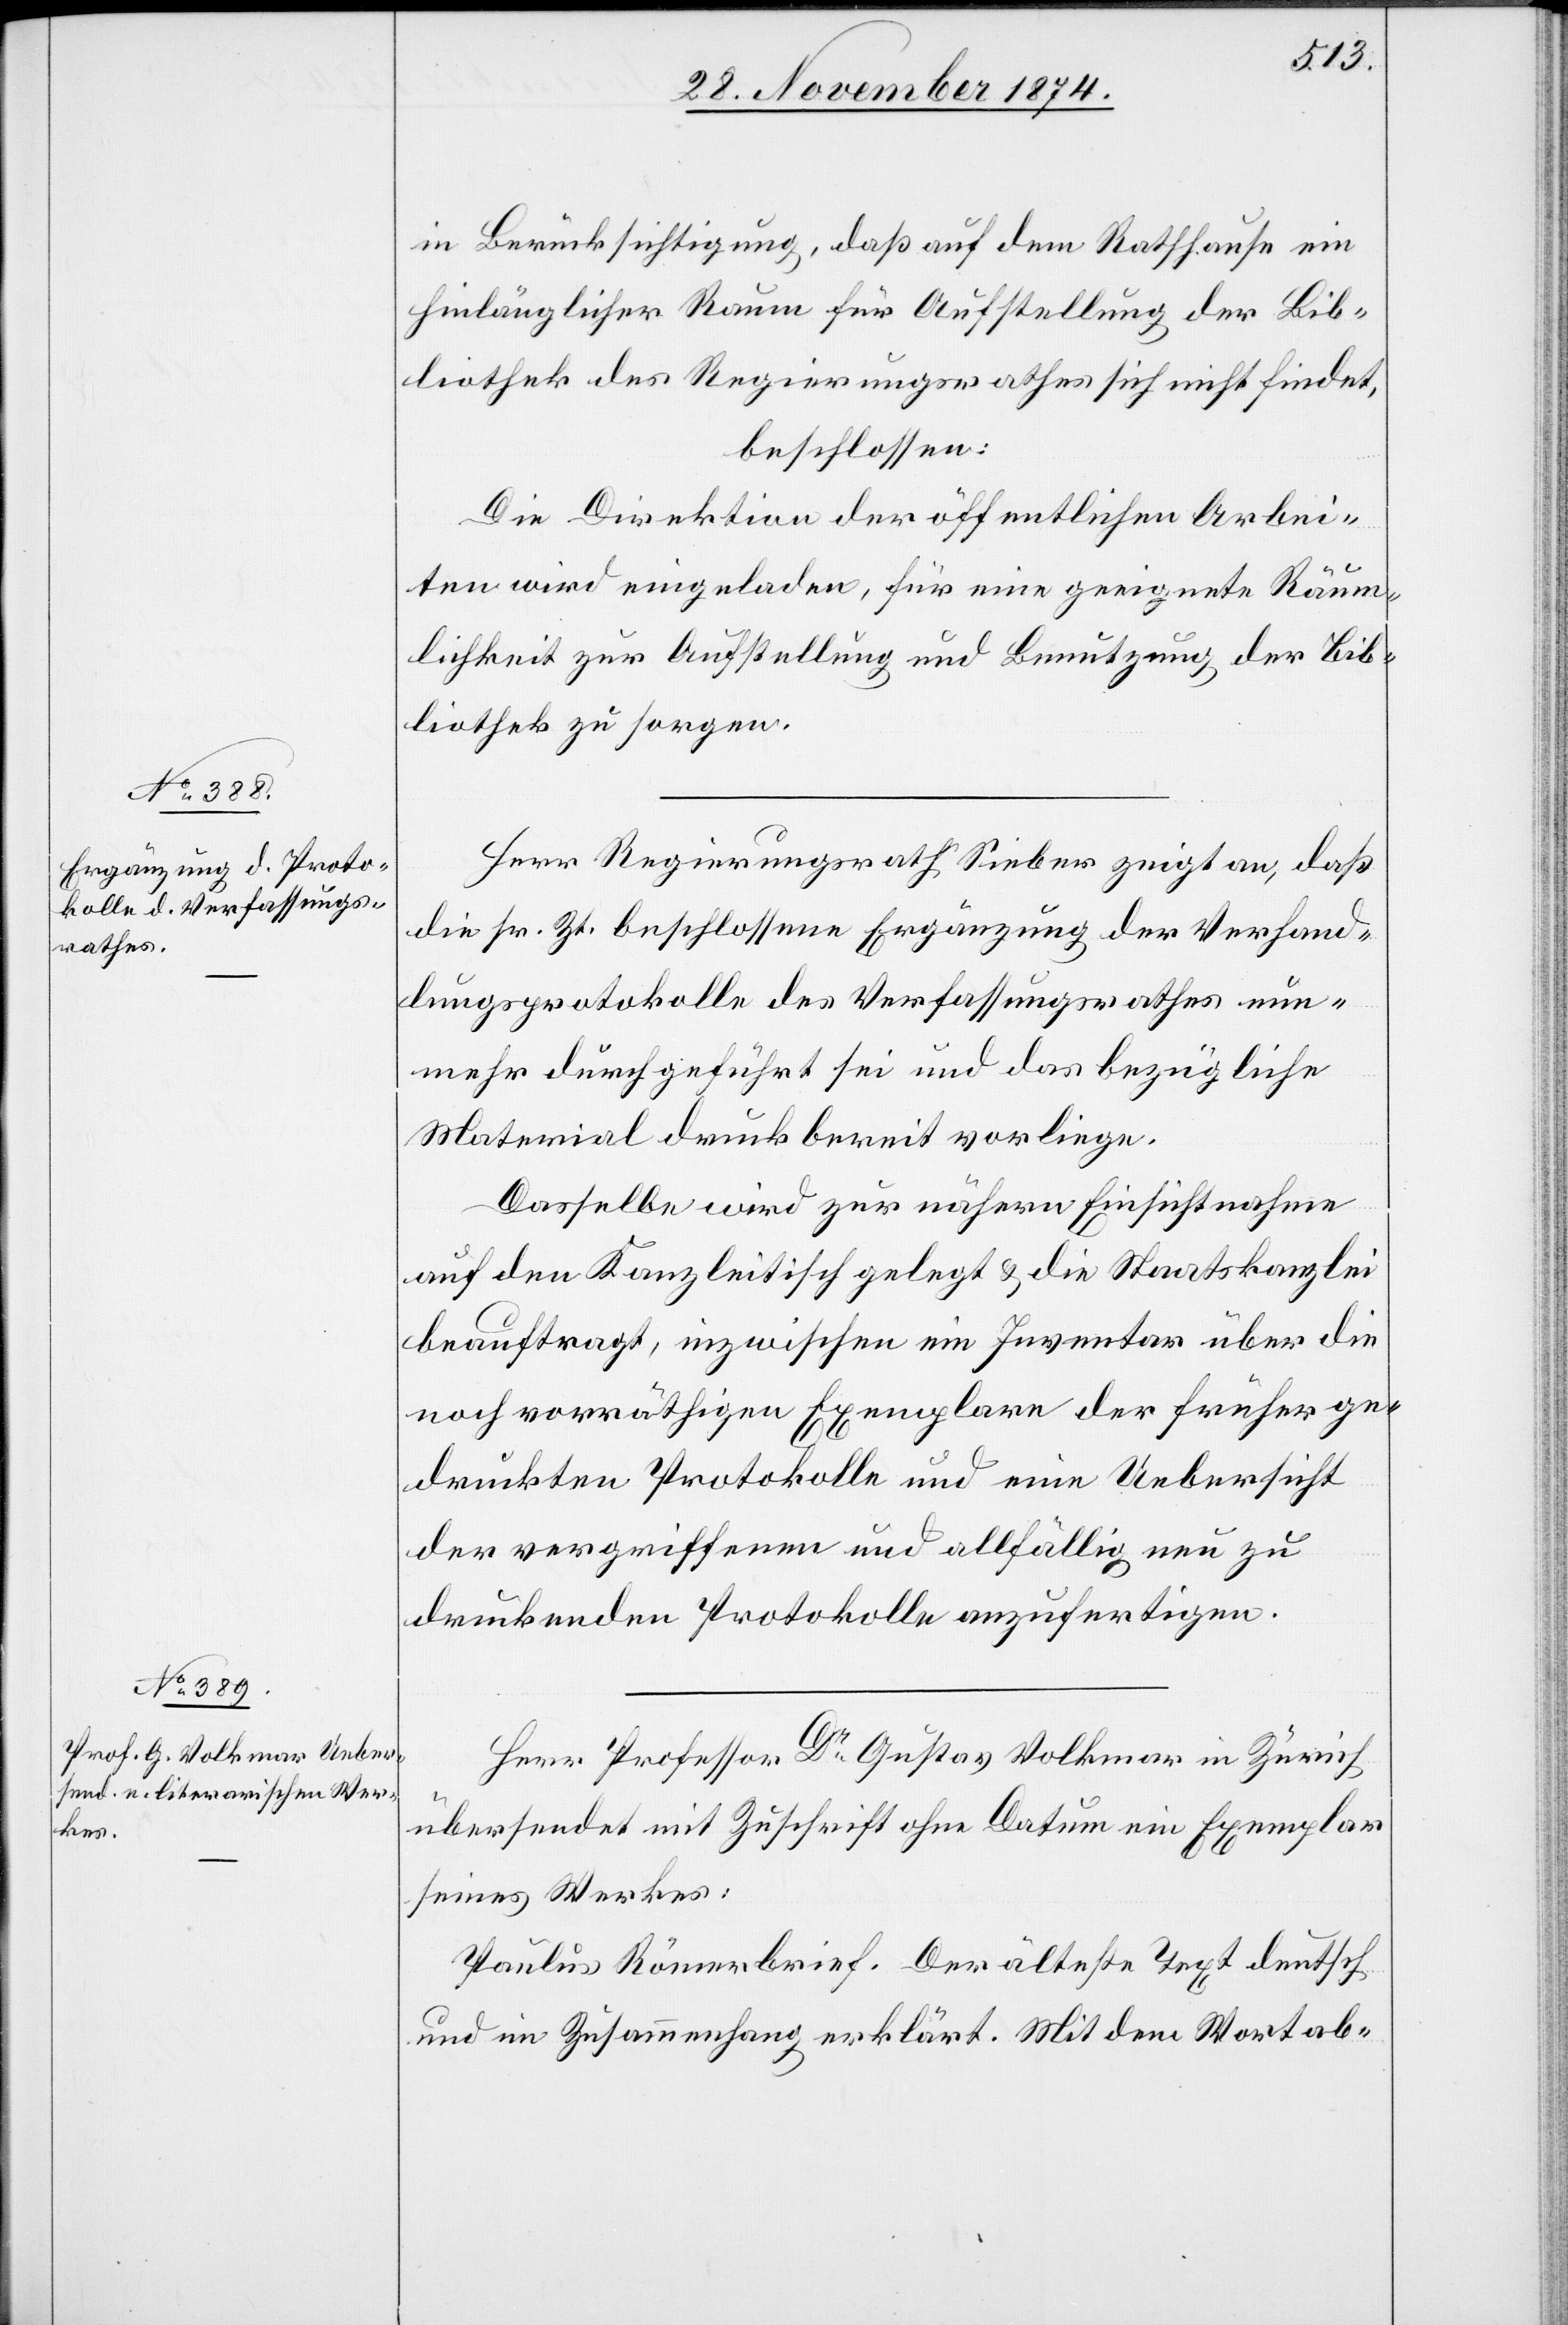
in Berücksichtigung, daß auf dem Rathhause ein
hinlänglicher Raum für Aufstellung der Bib¬
liothek des Regierungsrathes sich nicht findet,
beschlossen:
Die Direktion der öffentlichen Arbei¬
ten wird eingeladen, für eine geeignete Räum¬
lichkeit zur Aufstellung und Benutzung der Bib¬
liothek zu sorgen.
Herr Regierungsrath Sieber zeigt an, daß
die sr. Zt. beschlossene Ergänzung der Verhand¬
lungsprotokolle des Verfassungsrathes nun¬
mehr durchgeführt sei und das bezügliche
Material druckbereit vorliege.
Dasselbe wird zur nähern Einsichtnahme
auf den Kanzleitisch gelegt & die Staatskanzlei
beauftragt, inzwischen ein Inventar über die
noch vorräthigen Exemplare der früher ge¬
druckten Protokolle und eine Uebersicht
der vergriffenen und allfällig neu zu
druckenden Protokolle anzufertigen.
Herr Professor Dr Gustav Volkmar in Zürich
übersendet mit Zuschrift ohne Datum ein Exemplar
seines Werkes:
Paulus Römerbrief. Der älteste Text deutsch
und im Zusammenhang erklärt. Mit dem Wortab-